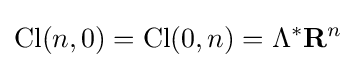
\mathrm {Cl} (n,0)=\mathrm {Cl} (0,n)=\Lambda ^{*}\mathbf {R} ^{n}